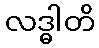
လဒ္ဓါတိ